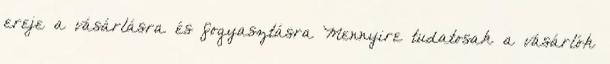
ereje a vásárlásra és fogyasztásra Mennyire tudatosak a vásárlók